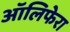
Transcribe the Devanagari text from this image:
ऑलिफेरा